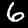
Digit: 6